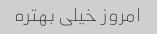
امروز خیلی بهتره